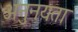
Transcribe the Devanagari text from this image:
अनुनयता